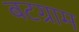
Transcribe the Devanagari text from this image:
बटग्राम